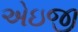
એઇજી